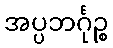
အပ္ပဘင်္ဂုဉ္စ